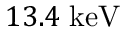
1 3 . 4 \; \mathrm { k e V }